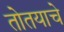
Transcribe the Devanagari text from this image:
तोतयाचे